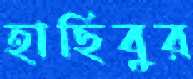
হাছিবুর